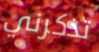
تذكرني